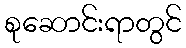
စုဆောင်းရာတွင်